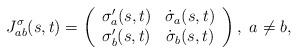
LaTeX: \begin{align*}J_{ab}^\sigma(s,t) = \left(\begin{array}{cc}\sigma_a'(s,t) & \dot{\sigma}_a(s,t) \\\sigma_b'(s,t) & \dot{\sigma}_b(s,t) \\\end{array}\right),\ a \neq b, \end{align*}